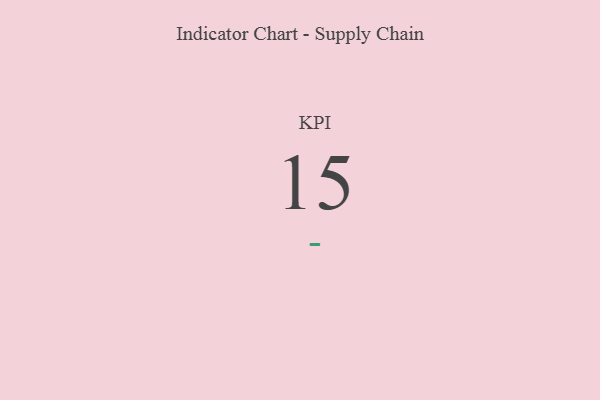
{"axis": {"x": "KPI", "y": "Value"}, "legend": [""], "data": [{"x": "KPI", "y": 15, "type": ""}]}